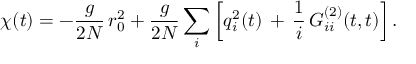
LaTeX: \chi ( t ) = - \frac { g } { 2 N } \, r _ { 0 } ^ { 2 } + \frac { g } { 2 N } \sum _ { i } \left[ q _ { i } ^ { 2 } ( t ) \, + \, \frac { 1 } { i } \, { \cal G } _ { i i } ^ { ( 2 ) } ( t , t ) \right] .